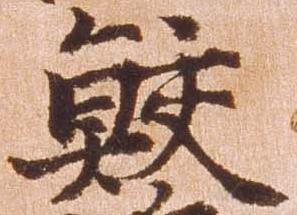
鮫